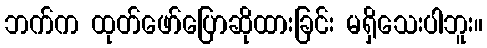
ဘက်က ထုတ်ဖော်ပြောဆိုထားခြင်း မရှိသေးပါဘူး။